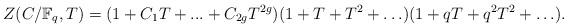
LaTeX: \begin{align*}Z(C/\mathbb{F}_q,T)=(1+C_1T+...+C_{2g}T^{2g})(1+T+T^2+\ldots)(1+qT+q^2T^2+\ldots).\end{align*}